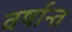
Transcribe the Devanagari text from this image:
वर्षान्त